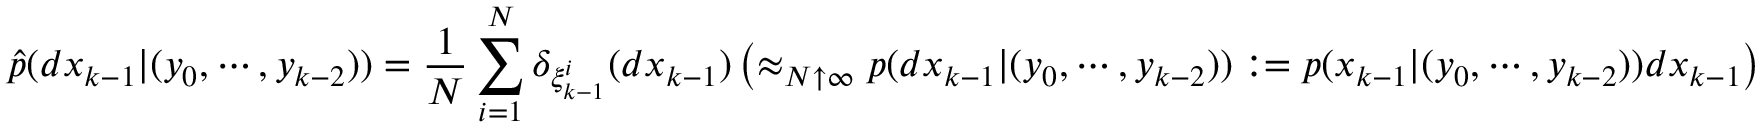
{ \widehat { p } } ( d x _ { k - 1 } | ( y _ { 0 } , \cdots , y _ { k - 2 } ) ) = { \frac { 1 } { N } } \sum _ { i = 1 } ^ { N } \delta _ { \xi _ { k - 1 } ^ { i } } ( d x _ { k - 1 } ) \left( \approx _ { N \uparrow \infty } p ( d x _ { k - 1 } | ( y _ { 0 } , \cdots , y _ { k - 2 } ) ) : = { p } ( x _ { k - 1 } | ( y _ { 0 } , \cdots , y _ { k - 2 } ) ) d x _ { k - 1 } \right)